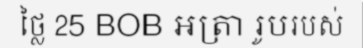
ថ្លៃ 25 BOB អត្រា រូបរបស់